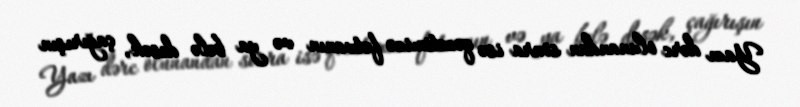
Yazı dərc olunandan sonra isə qəzetimizə fətvanın və ya belə desək, çağırışın